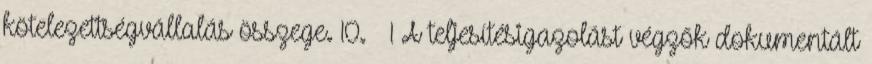
kötelezettségvállalás összege. 10. § 1 A teljesítésigazolást végzők dokumentált